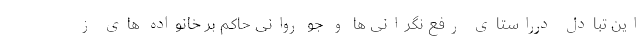
این تبادل درراستای رفع نگرانی ها و جو روانی حاکم بر خانواده های ز